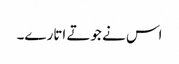
اس نے جوتے اتارے۔